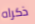
ذكراه